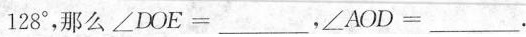
1 2 8° $$，那么$$∠ D O E =$$___ ，$$∠ A O D =$$___ .